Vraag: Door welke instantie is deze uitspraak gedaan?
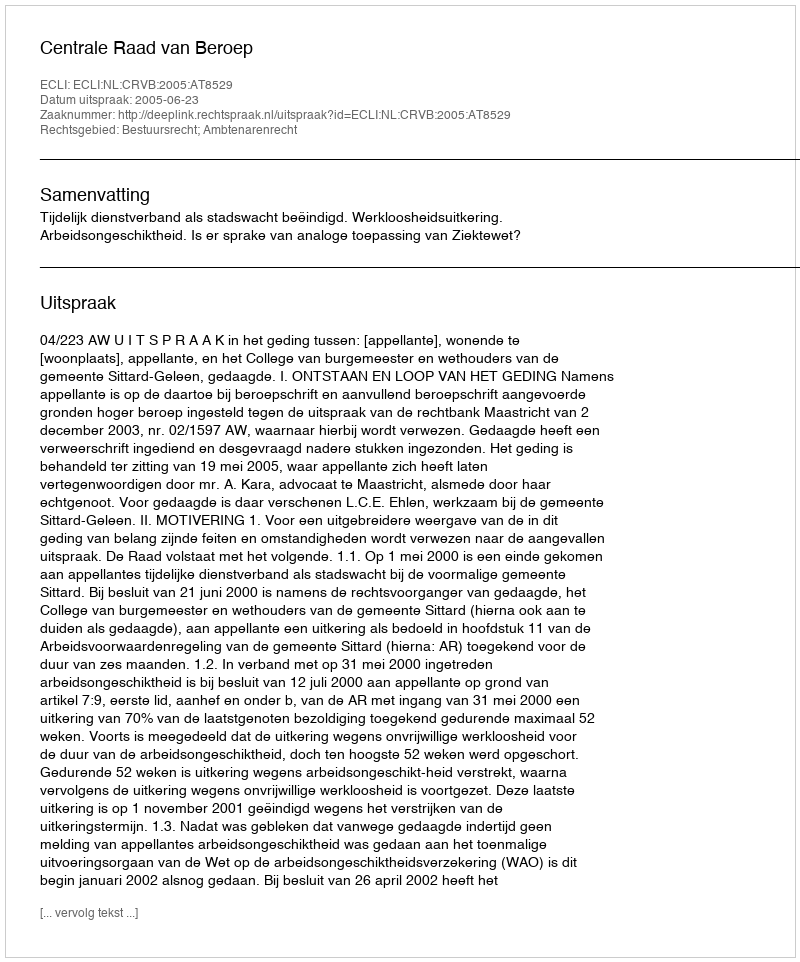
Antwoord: Centrale Raad van Beroep